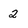
Character: 2